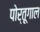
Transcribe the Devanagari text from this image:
पोर्तूगाल